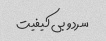
سرد و بی کیفیت